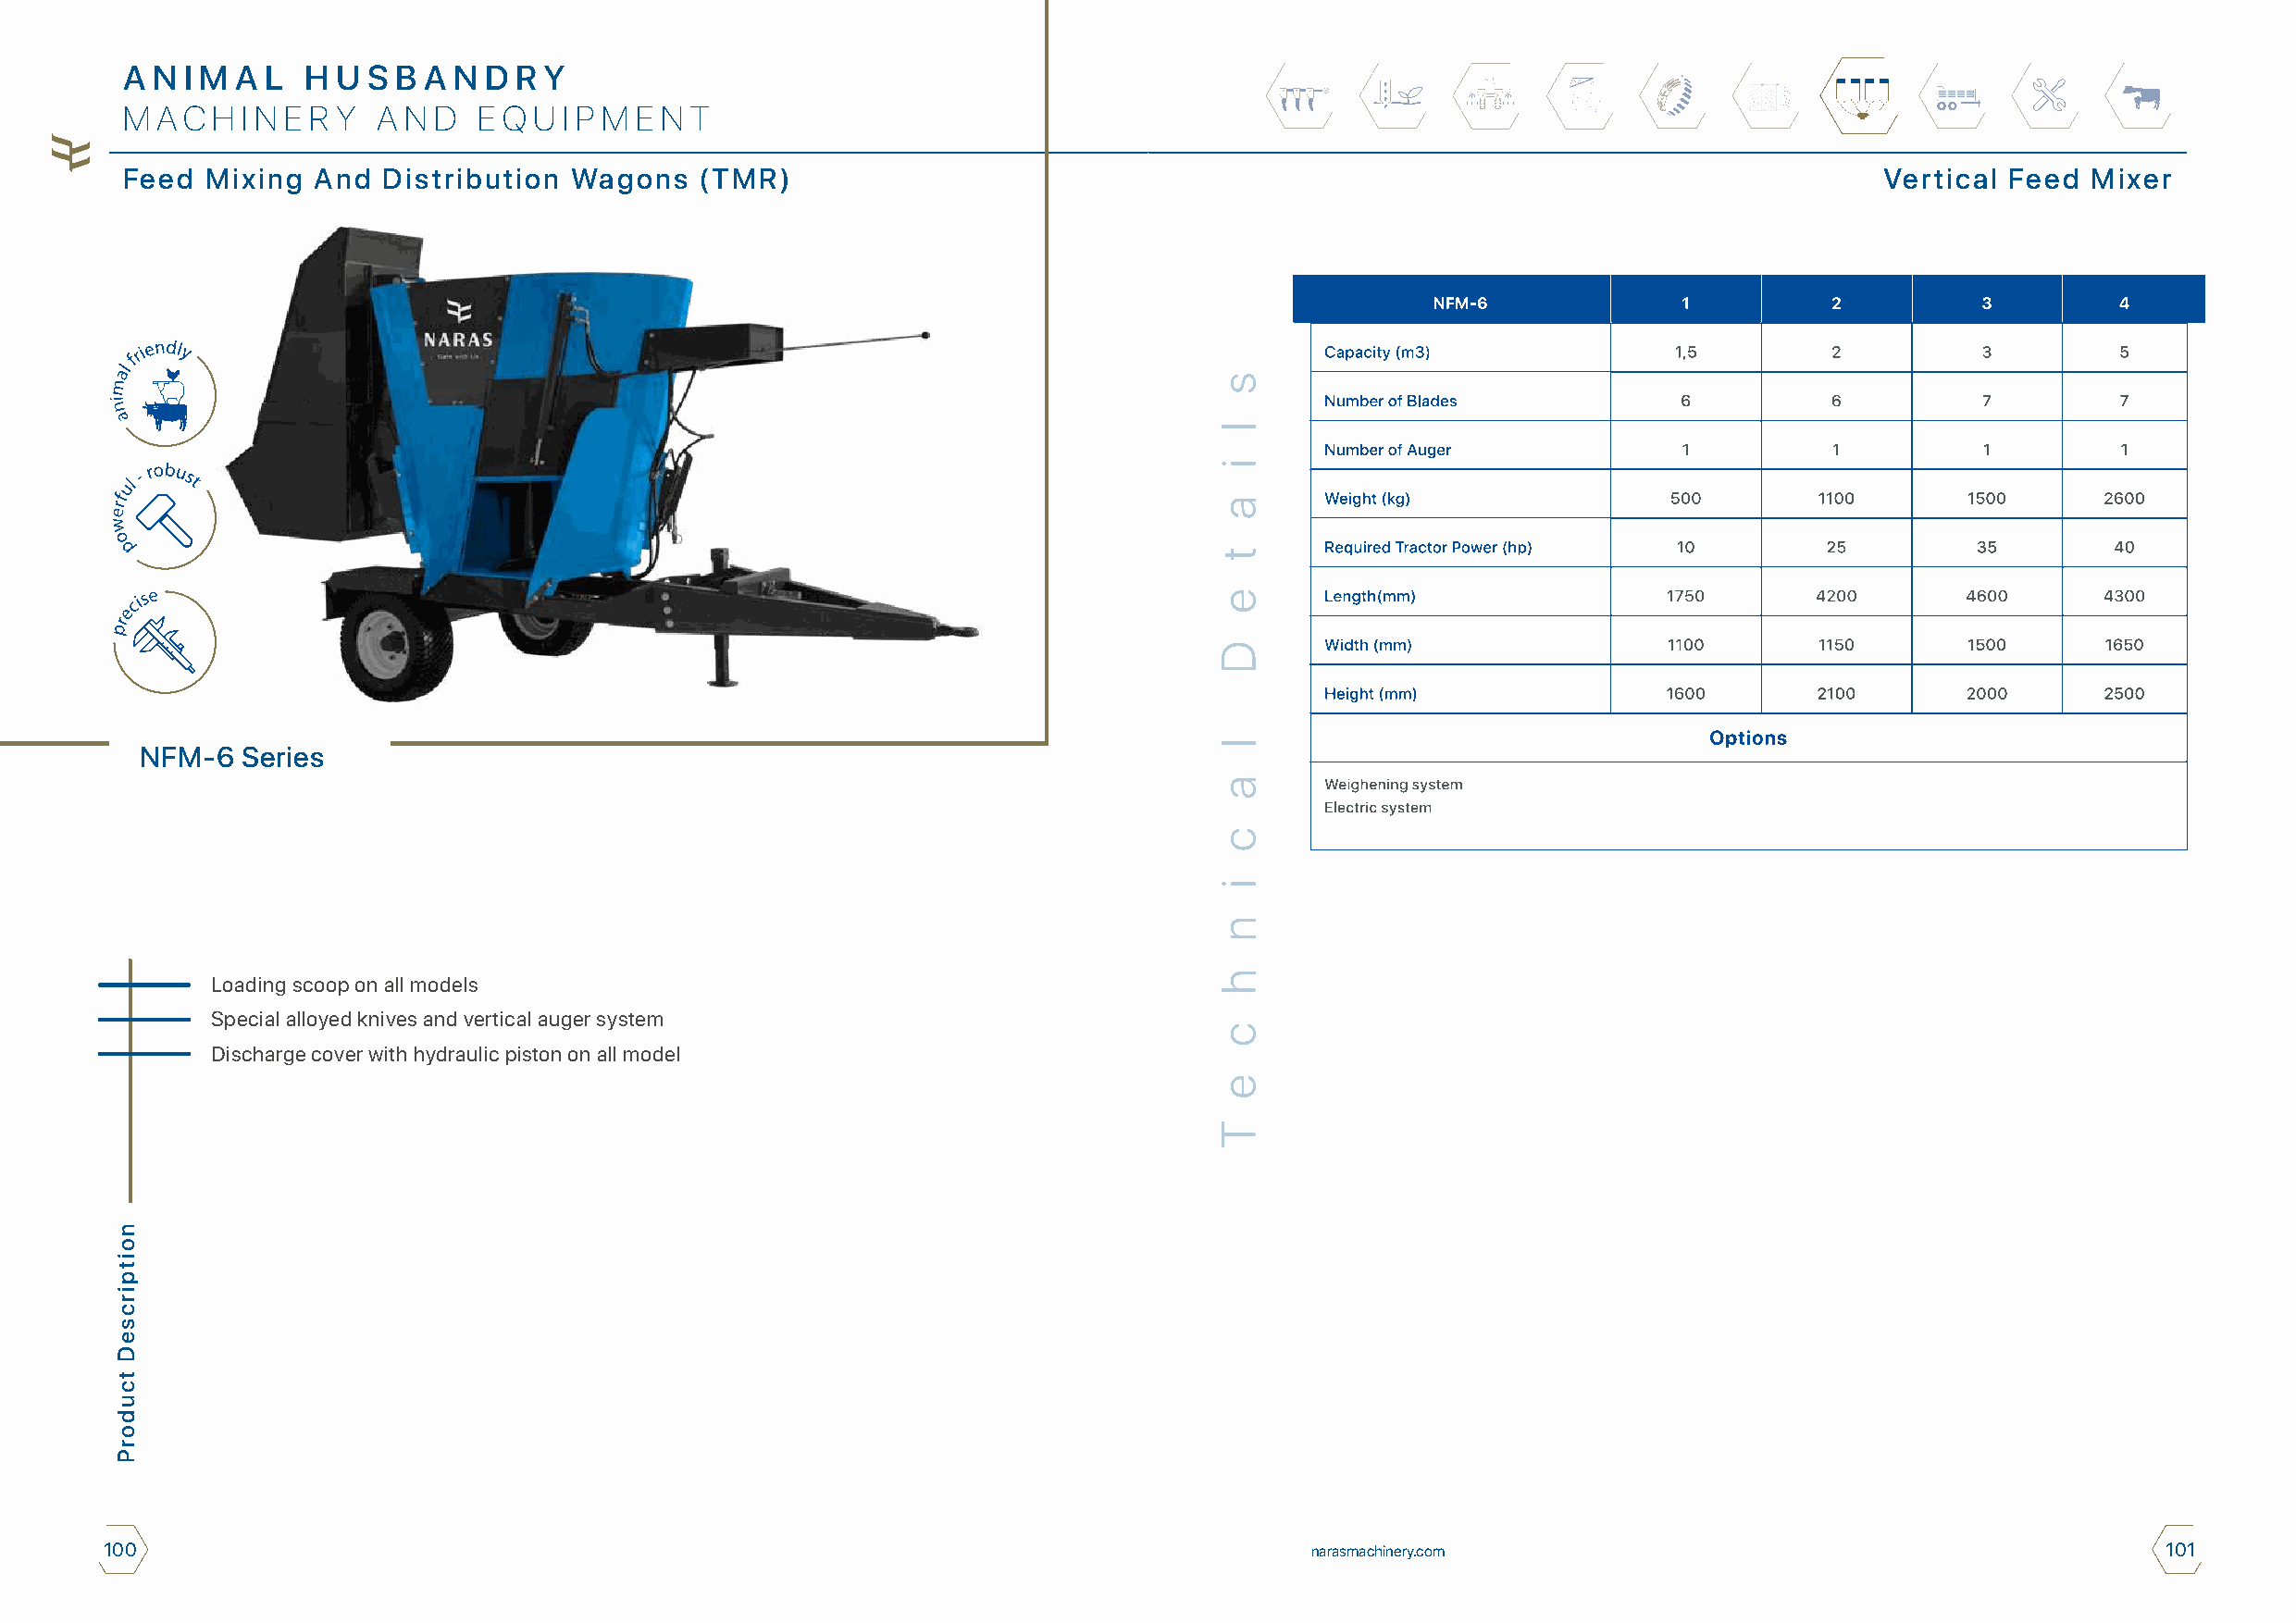
A N I M A L  H U S B A N  D R Y
 M A C H I N E R Y A N D  E Q U I P M E N T
 Feed  Mixing  And Distribution  Wagons   (TMR)                                                                                Vertical Feed  Mixer
 NFM-6  Series
 Loading scoop on all models
 Special alloyed knives and vertical auger system
 Discharge cover with hydraulic piston on all model
 100                                                                                    narasmachinery.com                                           101
 noitpircseD
 tcudorP
 s
 l
 i
 a
 t
 e
 D
 l
 a
 c
 i
 n
 h
 c
 e
 T